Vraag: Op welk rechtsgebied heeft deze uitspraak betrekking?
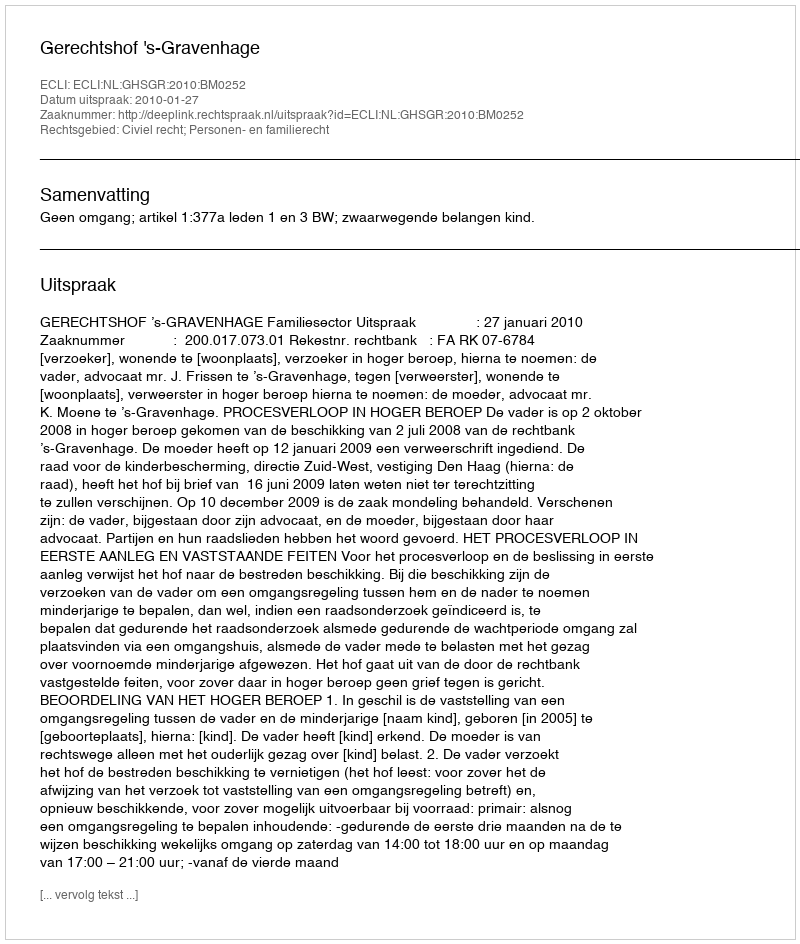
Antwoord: Civiel recht; Personen- en familierecht